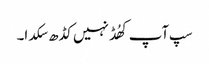
سپ آپ کھُڈ نہیں کڈھ سکدا۔